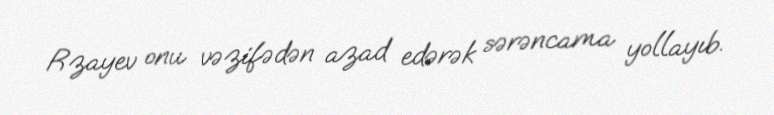
Rzayev onu vəzifədən azad edərək sərəncama yollayıb.